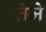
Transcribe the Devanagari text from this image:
तेजे